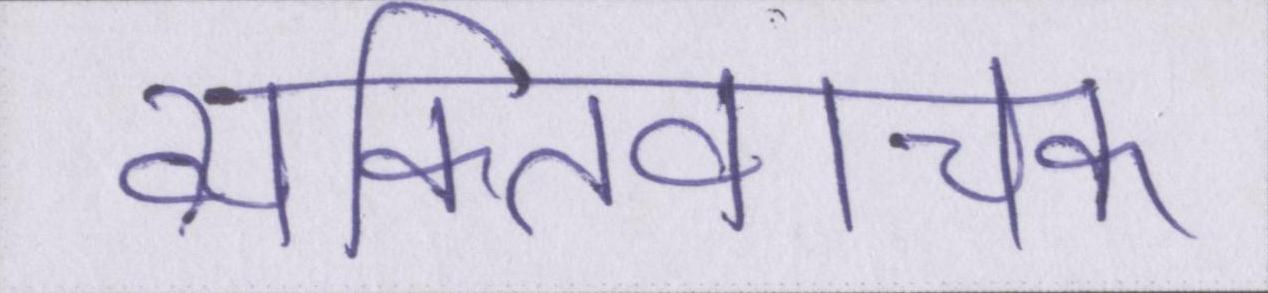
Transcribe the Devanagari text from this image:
व्यक्तिवाचक